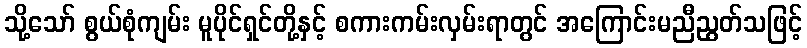
သို့သော် စွယ်စုံကျမ်း မူပိုင်ရှင်တို့နှင့် စကားကမ်းလှမ်းရာတွင် အကြောင်းမညီညွတ်သဖြင့်